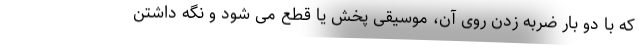
که با دو بار ضربه زدن روی آن، موسیقی‌ پخش یا قطع می شود و نگه داشتن